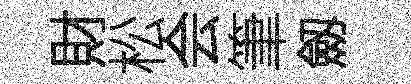
財松会筆劔